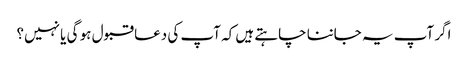
اگر آپ یہ جاننا چاہتے ہیں کہ آپ کی دعا قبول ہو گی یا نہیں؟